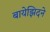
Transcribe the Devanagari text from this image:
बायेझिदने